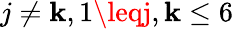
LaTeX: j\neq\mathbf{k},1\leqj,\mathbf{k}\leq6